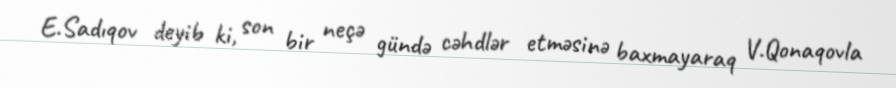
E.Sadıqov deyib ki, son bir neçə gündə cəhdlər etməsinə baxmayaraq V.Qonaqovla